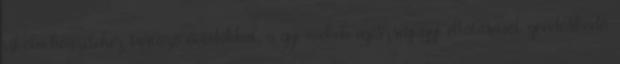
iskola körzetéhez tartozó óvodákkal, a gyermekek egészségügyi ellátásáról gondoskodó